Annual report of the Punjab Veterinary College and of the Civil Veterinary Department, Punjab - 1909-1919
Year: 1909
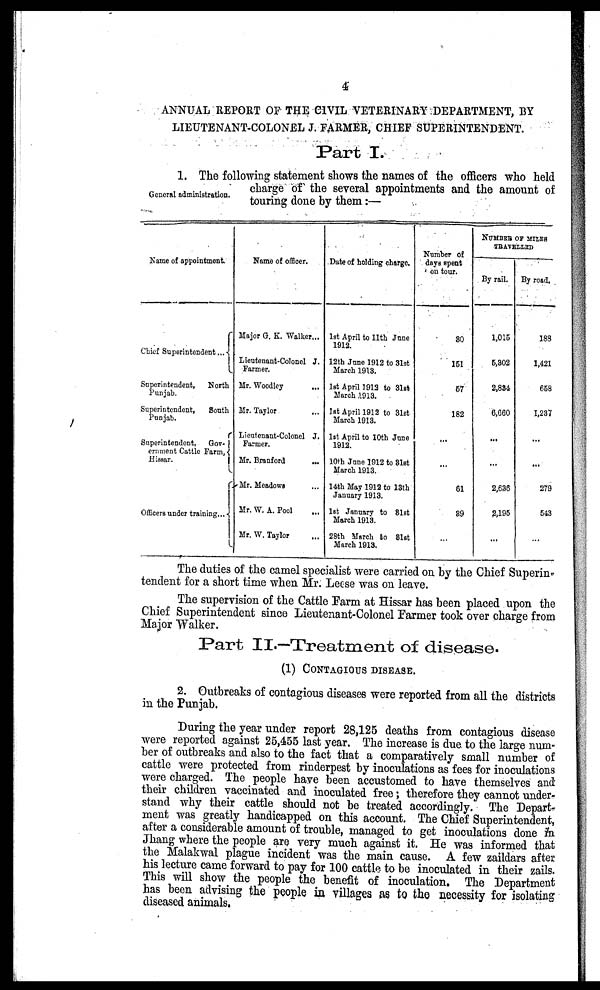
4
ANNUAL REPORT OF THE CIVIL VETERINARY DEPARTMENT, BY
LIEUTENANT-COLONEL J. FARMER, CHIEF SUPERINTENDENT.
Part I.
General administration.
1. The following statement shows the names of the officers who held
charge of the several appointments and the amount of
touring done by them:—
Name of appointment.
Chief Superintendent ...
Superintendent,
North
Punjab.
Superintendent,
South
Punjab.
Superintendent, Gov-
ernment Cattle Farm,
Hissar.
Officers under training...
Name of officer.
Major G. K. Walker...
Lieutenant-Colonel J.
Farmer.
Mr. Woodley
...
Mr. Taylor ...
Lieutenant-Colonel J.
Farmer.
Mr. Branford
...
Mr. Meadows ...
Mr. W. A. Pool ...
Mr. W. Taylor ...
Date of holding charge.
1st April to 11th June
1912.
12th June 1912 to 31st
March 1913.
1st April 1913 to 31st
March 1913.
1st April 1912 to 31st
March 1913.
1st April to 10th June
1912.
10th June 1912 to 31st
March 1913.
14th May 1912 to 13th
January 1913.
1st January to 31st
March 1913.
28th March to 31st
March 1913.
Number of
days spent
on tour.
30
151
57
182
...
...
61
39
...
NUMBER OF MILES
TRAVELLED
By rail.
1,015
6,302
2,884
6,660
...
...
2,636
2,195
...
By road.
188
1,421
658
1,237
...
...
279
543
...
The duties of the camel specialist were carried on by the Chief Superin-
tendent for a short time when Mr. Leese was on leave.
The supervision of the Cattle Farm at Hissar has been placed upon the
Chief Superintendent since Lieutenant-Colonel Farmer took over charge from
Major Walker.
Part II.—Treatment of disease.
(1) CONTAGIOUS DISEASE.
2. Outbreaks of contagious diseases were reported from all the districts
in the Punjab.
During the year under report 28,125 deaths from contagious disease
were reported against 25,455 last year. The increase is due to the large num-
ber of outbreaks and also to the fact that a comparatively small number of
cattle were protected from rinderpest by inoculations as fees for inoculations
were charged. The people have been accustomed to have themselves and
their children vaccinated and inoculated free; therefore they cannot under-
stand why their cattle should not be treated accordingly. The Depart-
ment was greatly handicapped on this account. The Chief Superintendent,
after a considerable amount of trouble, managed to get inoculations done in
Jhang where the people are very much against it. He was informed that
the Malakwal plague incident was the main cause. A few zaildars after
his lecture came forward to pay for 100 cattle to be inoculated in their zails.
This will show the people the benefit of inoculation. The Department
has been advising the people in villages as to the necessity for isolating
diseased animals.